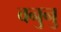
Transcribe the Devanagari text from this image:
वनुनु